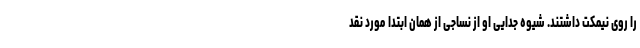
را روی نیمکت داشتند. شیوه جدایی او از نساجی از همان ابتدا مورد نقد